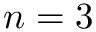
n = 3